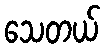
သေတယ်